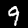
Digit: 9